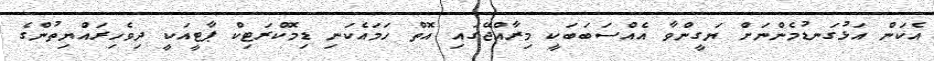
އެކަން އަޅުގަނޑުމެންނަށް ޔަގީންވާ އެއްސަބަބަކީ މިރާއްޖޭގައި އޮތް ހަމައެކަނި ޑިމޮކްރަޓިކް ޕާޓީއަކީ ދިވެހިރައްޔިތުންގެ